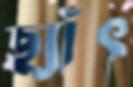
ছ্যাঁৎ